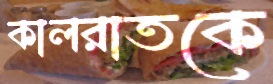
কালরাতকে